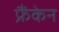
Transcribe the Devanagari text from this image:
फ्रैंकेन